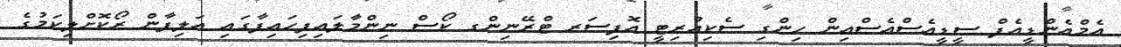
އެމްއެންޑީއެފް ސީޑީއެސްއެސްއިން ހިންގި ސެކިއުރިޓީ އޮފިސަރ ޓްރޭނިންގ ކޯސް ނިންމާލައިފިހައިފާގައި އަލިފާން ރޯކޮށްލިކަމުގެ